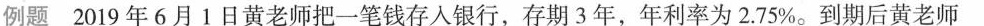
例题2019年6月1日黄老师把一笔钱存入银行，存期3年，年利率为2.75%。到期后黄老师